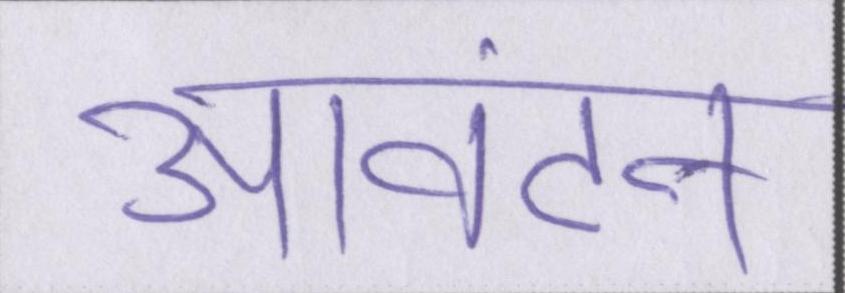
आवंटन